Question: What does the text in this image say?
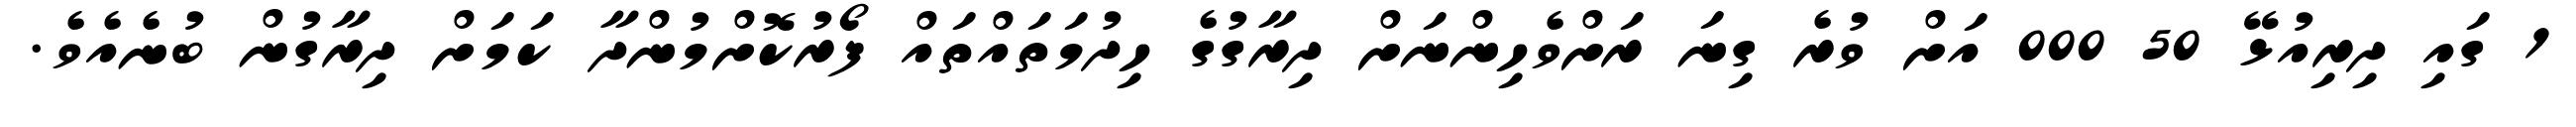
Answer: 1 ގައި ދިރިއުޅޭ 50 000 އަށް ވުރެ ގިނަ ރަށްވެހިންނަށް ދިރާގުގެ ހިދުމަތައްތައް ފޯރުކޮށްމުންދާ ކަމަށް ދިރާގުން ބުނެއެވެ.